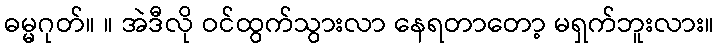
ဓမ္မဂုတ်။ ။ အဲဒီလို ဝင်ထွက်သွားလာ နေရတာတော့ မရှက်ဘူးလား။